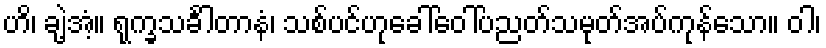
ဟိ၊ ချဲ့အံ့။ ရုက္ခသင်္ခါတာနံ၊ သစ်ပင်ဟုခေါ်ဝေါ်ပညတ်သမုတ်အပ်ကုန်သော။ ဝါ၊